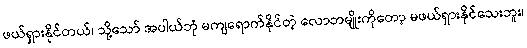
ဖယ်ရှားနိုင်တယ်၊ သို့သော် အပါယ်ဘုံ မကျရောက်နိုင်တဲ့ လောဘမျိုးကိုတော့ မဖယ်ရှားနိုင်သေးဘူး၊